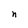
Character: n